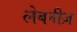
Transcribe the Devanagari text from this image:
लेबनीज़